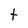
Character: t